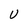
Character: U